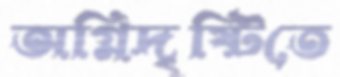
অগ্নিদৃষ্টিতে